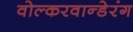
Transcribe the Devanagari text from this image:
वोल्करवान्डेरंग